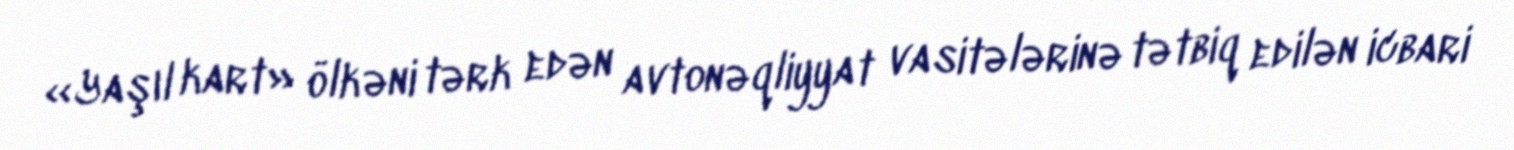
«Yaşıl kart» ölkəni tərk edən avtonəqliyyat vasitələrinə tətbiq edilən icbari